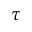
\tau